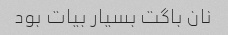
نان باگت بسیار بیات بود